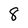
Character: 8